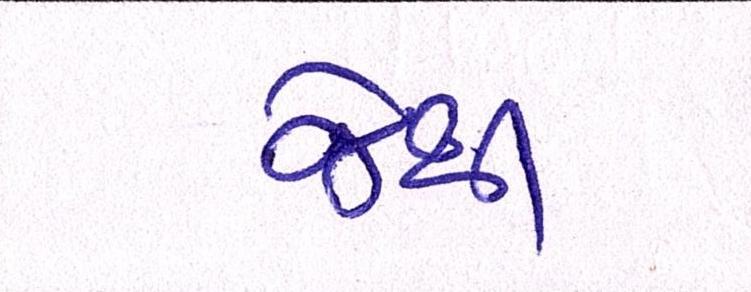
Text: જેથી